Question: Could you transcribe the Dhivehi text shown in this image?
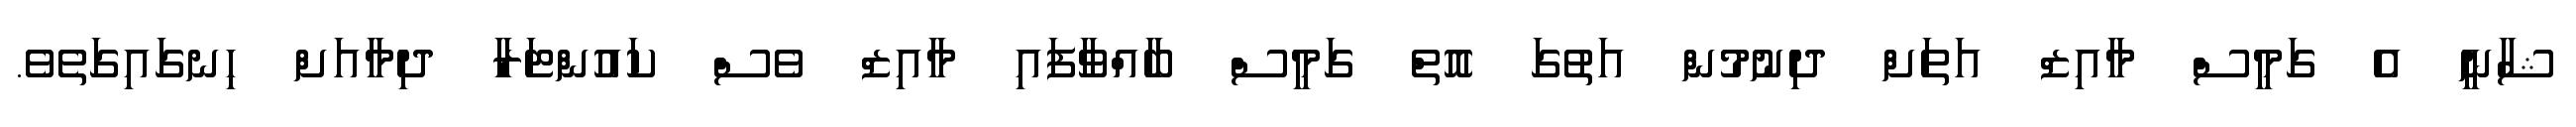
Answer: ޝާނީ އެ ގަމީސް މާއިޒް އަތަށް ދިނުމުން އަތުގަ އޮތް ގަމީސް ބާއްވާފައި މާއިޒް ވެސް ކައުންޓަރާ ދިމާއަށް ހިނގައިގަތެވެ.